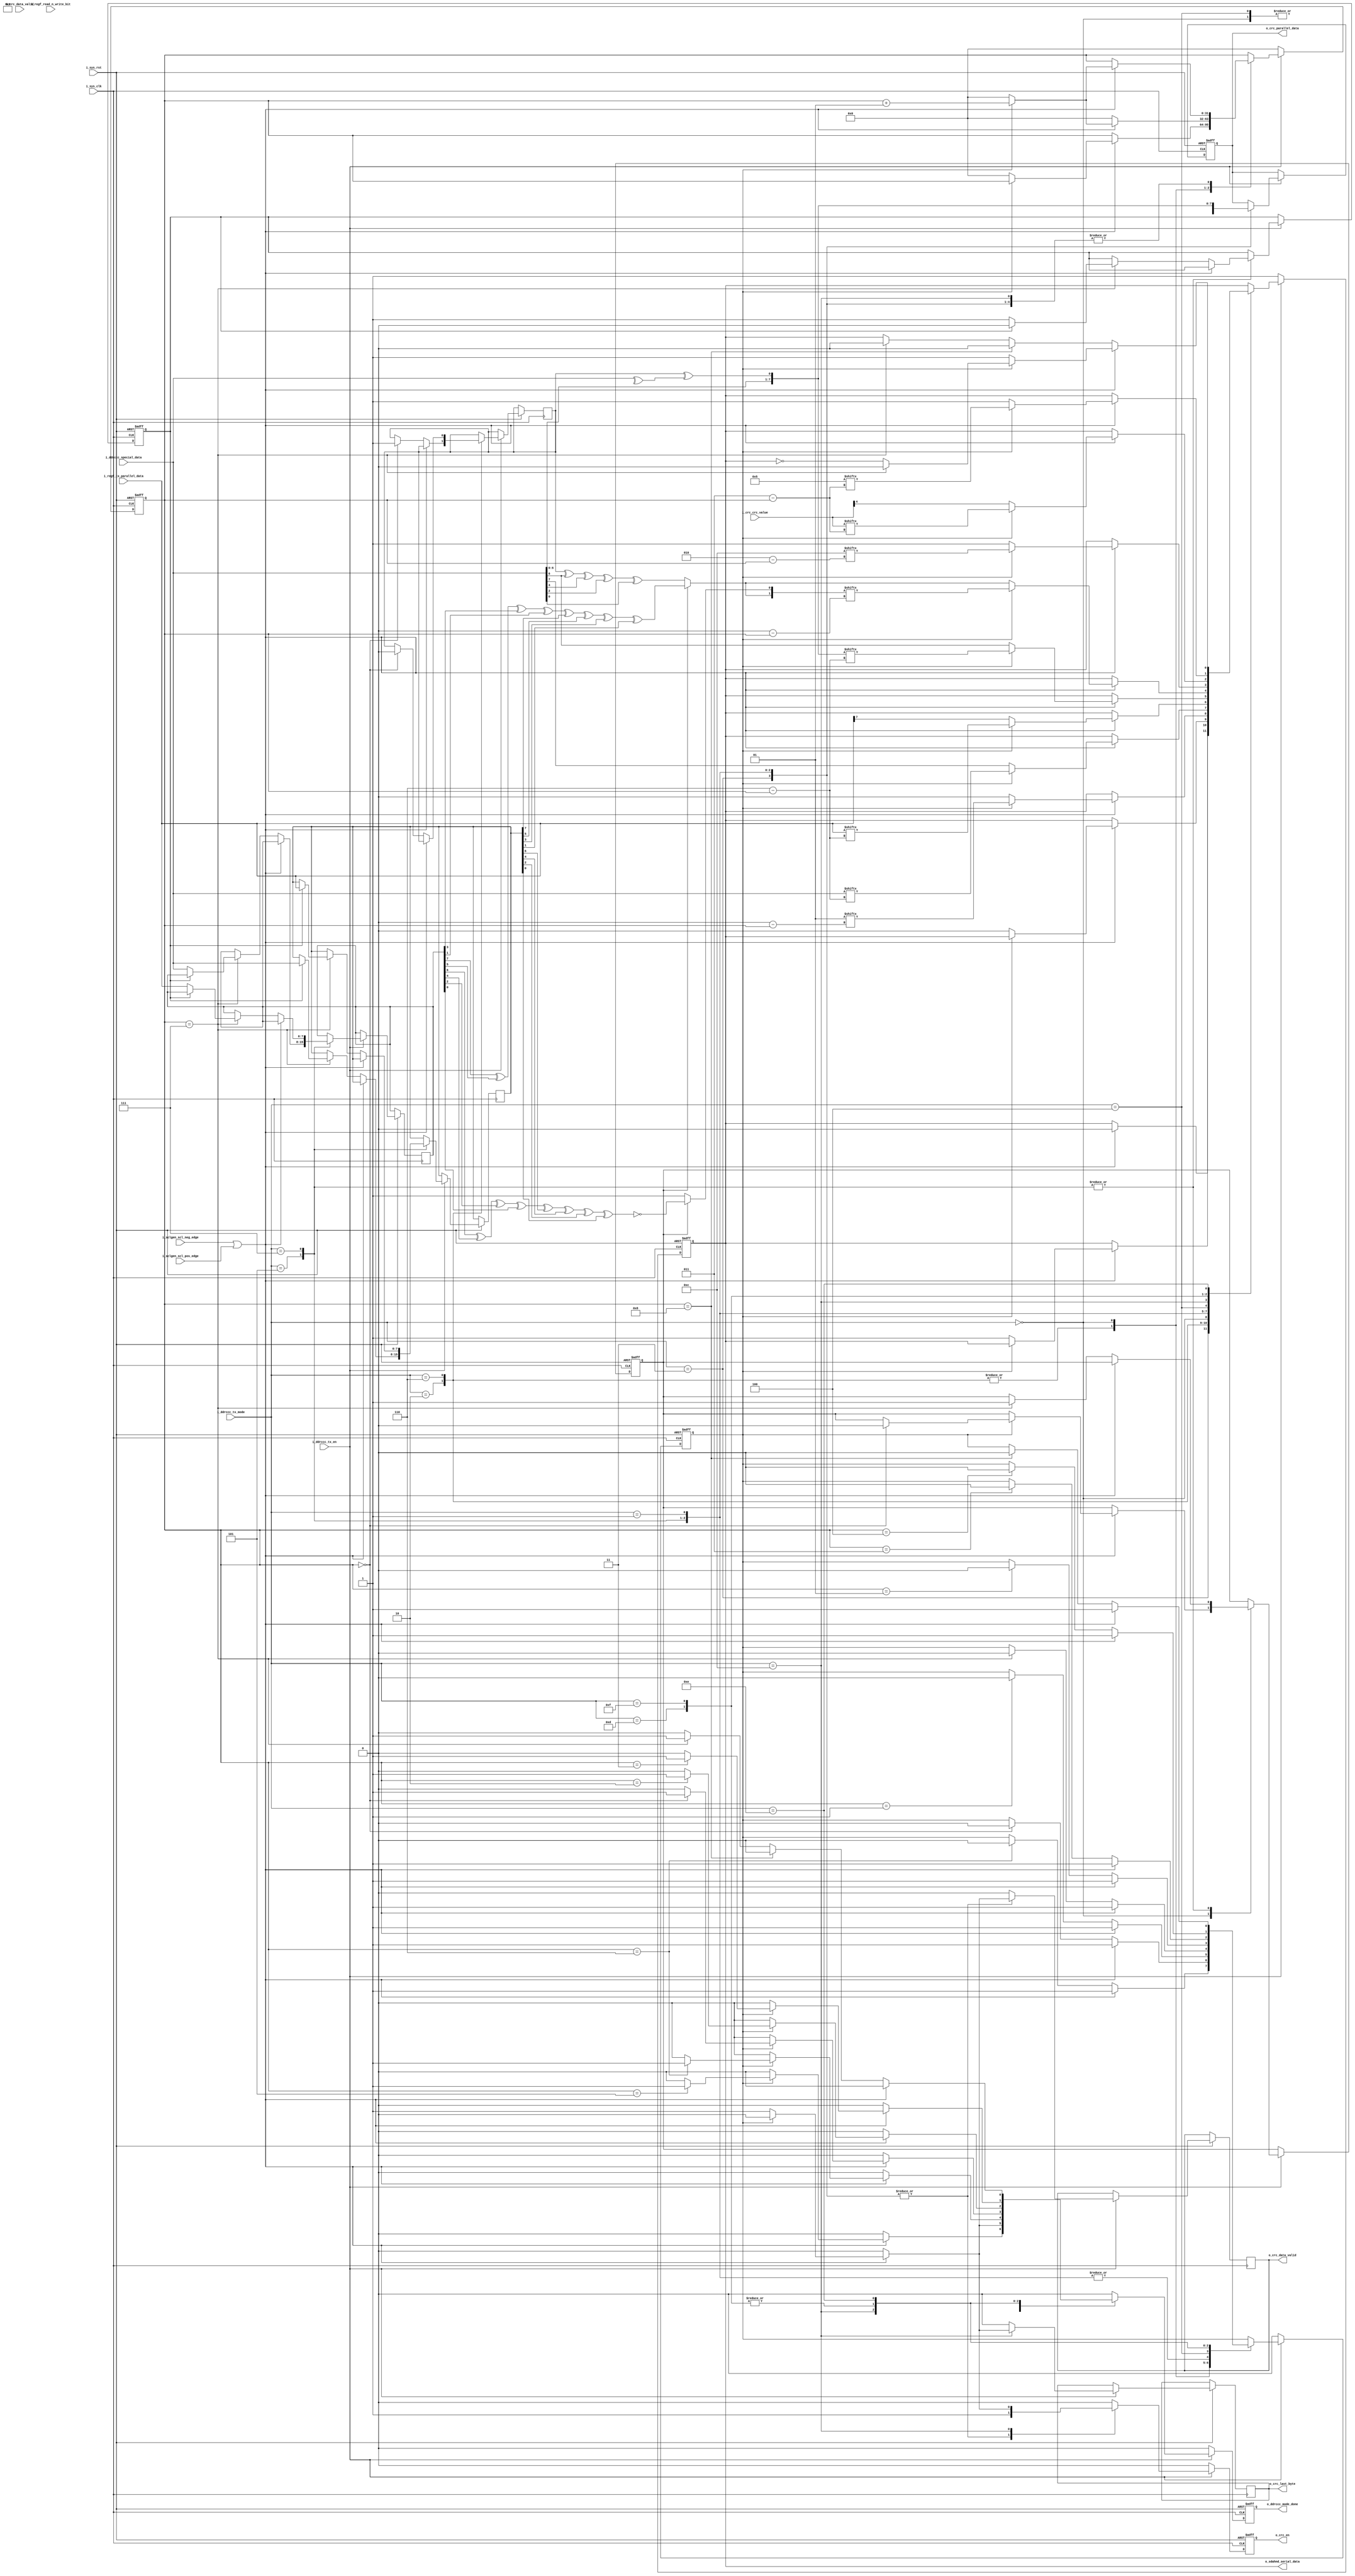
module tx (
input        i_sys_clk,
input        i_sys_rst,
input        i_ddrccc_tx_en,
input        i_sclgen_scl_pos_edge,
input        i_sclgen_scl_neg_edge,
input [3:0]  i_ddrccc_tx_mode,
input [7:0]  i_regf_tx_parallel_data, 
input [7:0]  i_ddrccc_special_data, // special from ddr or ccc (address or ccc value)  
input [4:0]  i_crc_crc_value, //separate calculation of crc (of what serialized) in another block 
input        i_crc_data_valid,
input        i_regf_read_n_write_bit,


output reg        o_sdahnd_serial_data, //SDA
output reg        o_ddrccc_mode_done,
output reg        o_crc_en, 
output reg [7:0]  o_crc_parallel_data ,//sending byte byte of what serialized for crc block
output reg        o_crc_last_byte,
output reg        o_crc_data_valid
);


// tx modes needed  
localparam [3:0]  special_preambles = 'b0000, 		//'d0			//2'b01 
                  serializing_address = 'b0001, 	//'d1			//address of target
    			  serializing_zeros = 'b0011 ,  	//'d3			//7-zeros in the first byte of cmd word        
                  one = 'b0010, 					//'d2			// for representing preamble bit or reading_or_writing bit  
                  zero = 'b0110, 					//'d6			// for representing preamble bit or reading_or_writing bit
				  serializing_data = 'b0111, 		//'d7			//data byte from reg to be serialized
				  CCC_value = 'b0101 , 				//'d5			//special data in case of transmitting CCC
				  calculating_Parity = 'b0100,  	//'d4			//parity of word serialized either cmd word or data word
				  token_CRC = 'b1100, 				//'d12			//special bits 4'b1100
				  CRC_value = 'b1101, 				//'d13			//CRC value arrived of data serialized
                  restart_Pattern = 'b1111,			//'d15
                  exit_Pattern = 'b1110;			//'d14


/**special values*/			  
reg [1:0] special_preamble = 'b01 ;
reg [3:0] token = 4'b1100;
reg [6:0] reserved =7'b0000000; //00//


/**internal signals*/
wire parity_adj; 
wire [7:0] A; //CMD_Word_Second_Byte
wire P1, P0; //parity bits to be serialized
wire P1_cmdword, P0_cmdword; //parity bits of cmdword
wire P1_data, P0_data; //parity bits of data
wire [1:0] P;
reg [7:0] D1, D2; //first_and_second_Data_Bytes
reg	crc_indicator ; //00//
reg [4:0] crc_temp ; //00//
reg [4:0] crc; //00//



/**helpful flags*/
integer counter;
reg reset_counter_flag;
reg rd_wr_flag; //storing rd_or_wr bit for calculating (parity adj) and (cmd word parity)
reg parity_flag; //to distinguish parity is calculated for cmd or data
reg first_byte_full; //to distinguish tx is serializing first byte or second byte
wire [3:0] tmp_restart ;


assign tmp_restart = 4'b 0101;
assign A = {i_ddrccc_special_data[6:0],parity_adj} ; 
assign parity_adj = ( rd_wr_flag ^ (^i_ddrccc_special_data) ) ;
assign P1 = (parity_flag)? P1_data : P1_cmdword ; 
assign P0 = (parity_flag)? P0_data : P0_cmdword ;
assign P = {P1,P0} ;
assign P1_cmdword = rd_wr_flag ^ A[7] ^ A[5] ^ A[3] ^ A[1] ;
assign P0_cmdword =  1 ;
assign P1_data = D1[7] ^ D1[5] ^ D1[3] ^ D1[1] ^ D2[7] ^ D2[5] ^ D2[3] ^ D2[1] ;
assign P0_data = D1[6] ^ D1[4] ^ D1[2] ^ D1[0] ^ D2[6] ^ D2[4] ^ D2[2] ^ D2[0] ^ 1 ; 


 always @ (posedge i_sys_clk or negedge i_sys_rst)
	begin 
	
		if(~i_sys_rst) begin 
		    o_sdahnd_serial_data<= 1;
        o_ddrccc_mode_done<= 0;
        o_crc_parallel_data<= 0;
        o_crc_en<= 0;
		    counter <= 0;
		    reset_counter_flag <= 0;
		    parity_flag <= 0;
		    first_byte_full <= 0;
		    o_crc_en <= 0; 
		end 
		
		else if (i_ddrccc_tx_en) begin
		  
		o_ddrccc_mode_done <= 0;
		o_crc_data_valid <= 'b0;
		 o_crc_en <= 'b0;
		 o_crc_last_byte <= 'b0;
		
		case (i_ddrccc_tx_mode)
		  
		  ///////////////////////
		  
		serializing_zeros : begin
		  
		  o_crc_parallel_data <= {i_regf_read_n_write_bit , reserved};
		  o_crc_en <= 'b1;
		//	o_crc_data_valid <= 'b1;

		 if (i_sclgen_scl_neg_edge || i_sclgen_scl_pos_edge)
		   begin
		    o_sdahnd_serial_data <= 1'b0 ;    
		    if ( (!reset_counter_flag) )
		      begin
           counter <= 'd0;
           reset_counter_flag <= 1;
		   o_crc_data_valid <= 'b1;
          end
          
			  else
			    begin
			     if ( counter == 'd5 ) begin 
			      o_ddrccc_mode_done <= 'b1;
				  end
			      counter <= counter + 1;
				 // o_crc_data_valid <= 'b0;
				 
				 
			    end
			    
			 end
			 
			else if ( counter == 'd6 )
			  begin
			 reset_counter_flag <= 0;
			 
			 end
		  
		  end
	
		/////////////////////////////////
		  
		one : begin
		  
		//	o_crc_en <= 'b1;
			o_crc_last_byte <= 'b0;
		  if (i_sclgen_scl_neg_edge || i_sclgen_scl_pos_edge)
		   begin
		     
		     if (  (!reset_counter_flag) )
		      begin
           counter <= 0;
           reset_counter_flag <= 1;
           o_sdahnd_serial_data <= 1;
			     o_ddrccc_mode_done <= 'b1;
          end
			 end
			 
			else if ( counter == 'd0 )
			  begin
			 rd_wr_flag <= 'b1;
			 reset_counter_flag <= 0;
			 
			 end
		  end
		  
		  ////////////////////////////
		  
		 zero : begin
		//  o_crc_en <= 'b1;
			o_crc_last_byte <= 'b0;
		  
		  if (i_sclgen_scl_neg_edge || i_sclgen_scl_pos_edge)
		   begin
		     if ( (!reset_counter_flag) )
		      begin
           counter <= 'd0;
           reset_counter_flag <= 1;
   		      o_sdahnd_serial_data <= 0;
			     o_ddrccc_mode_done <= 1;
          end
			 end
			 
			else if ( counter == 'd0 )
			  begin
			 rd_wr_flag <= 'b0;
			 reset_counter_flag <= 0;
			 
			 end
		  end
		  
		  /////////////////////////////////////
		
		special_preambles : begin
		 
		o_crc_last_byte <= 'b0;
		counter <= 'd0;   //editttt laila
		  
		  if (i_sclgen_scl_neg_edge || i_sclgen_scl_pos_edge)
		   begin
		        
		    if ( (!reset_counter_flag) )
		      begin
           counter <= 'd0;
           reset_counter_flag <= 1;
           o_sdahnd_serial_data <= special_preamble['d1] ; 
          end
          
			  else
			    begin
			    counter <= counter + 1;
			    o_sdahnd_serial_data <= special_preamble['d0 - counter] ;
			    if ( counter == 'd0 ) begin
			       o_ddrccc_mode_done <= 'b1;
				   parity_flag <= 0;  // to make P1=P1_cmd &P1=P0_cmd
				   end
			    end
			    
			 end
			 
			else if ( counter == 'd1 )
			  begin
			 reset_counter_flag <= 0;
			 
			 end
			 
		 end	
		 ////////////////////////////////////
		 
		/* CCC_value :  begin
		  
		  o_crc_last_byte <= 'b1;
		  o_crc_en <= 'b1;
		  crc_indicator <= 'b1;
		  crc_temp <= i_crc_crc_value ;

			
		  if (i_sclgen_scl_neg_edge || i_sclgen_scl_pos_edge)
		   begin    
		    if ((!reset_counter_flag) )
		      begin
           counter <= 'd0;
           reset_counter_flag <= 1;
           o_sdahnd_serial_data <= i_ddrccc_special_data['d7] ;
           end
          
			  else
			    begin
			    counter <= counter + 1;
			    o_sdahnd_serial_data <= i_ddrccc_special_data['d6 - counter] ;
			    if ( counter == 'd6 )
					begin
			       o_ddrccc_mode_done <= 'b1;
				   end
			    end
			 end
			 
	 else if ( counter == 'd7 )
			begin
			 reset_counter_flag <= 0;
			 
			 parity_flag <= 1;
			 if (!first_byte_full)
			   begin
			    D1 <= i_ddrccc_special_data;
			    first_byte_full <= 1;
			   end
			 else
			   begin
			    D2 <= i_ddrccc_special_data;
			    first_byte_full <= 0;
			   end
		  end
			 
	 end	*/
		
		 ///////////////////////////////////
		  		 
		 CCC_value :  begin
		  
		  o_crc_last_byte <= 'b0;
		  o_crc_en <= 'b1;
		  o_crc_parallel_data <= i_ddrccc_special_data;
			
		  if (i_sclgen_scl_neg_edge || i_sclgen_scl_pos_edge)
		   begin    
		    if ((!reset_counter_flag) )
		      begin
           counter <= 'd0;
           reset_counter_flag <= 1;
           o_sdahnd_serial_data <= i_ddrccc_special_data['d7] ;
		   o_crc_data_valid <= 'b1;
           end
          
			  else
			    begin
			    counter <= counter + 1;
			    o_sdahnd_serial_data <= i_ddrccc_special_data['d6 - counter] ;
			    if ( counter == 'd6 )
					begin
			       o_ddrccc_mode_done <= 'b1;
				   end
			    end
			 end
			 
	 else if ( counter == 'd7 )
			begin
			 reset_counter_flag <= 0;
			 
			 parity_flag <= 1;
			 if (!first_byte_full)
			   begin
			    D1 <= i_ddrccc_special_data;
			    first_byte_full <= 1;
			   end
			 else
			   begin
			    D2 <= i_ddrccc_special_data;
			    first_byte_full <= 0;
			   end
		  end
			 
	 end	
		
		 ///////////////////////////////////
		serializing_data :  begin
		  
			o_crc_en <= 'b1;
			o_crc_parallel_data <= i_regf_tx_parallel_data;
			o_crc_last_byte <= 'b0;
			//o_crc_data_valid <= 'b1;
			
		  if (i_sclgen_scl_neg_edge || i_sclgen_scl_pos_edge)
		   begin    
		    if (  (!reset_counter_flag) )
		      begin
           counter <= 'd0;
           reset_counter_flag <= 1;
           o_sdahnd_serial_data <= i_regf_tx_parallel_data['d7] ;
		   o_crc_data_valid <= 'b1;
           end
          
			  else
			    begin
			    counter <= counter + 1;
			    o_sdahnd_serial_data <= i_regf_tx_parallel_data['d6 - counter] ;
			    if ( counter == 'd6 ) begin
			      o_ddrccc_mode_done <= 'b1;
				  end
				//  o_crc_data_valid <= 'b0;
			    end
			 end
			 
	 else if ( counter == 'd7 )
			begin
			 reset_counter_flag <= 0;
			 
			 parity_flag <= 1;
			 if (!first_byte_full)
			   begin
			    D1 <= i_regf_tx_parallel_data;
			    first_byte_full <= 1;
			   end
			 else
			   begin
			    D2 <= i_regf_tx_parallel_data;
			    first_byte_full <= 0;
			   end
		  end
			 
	 end	
	 
	 /////////////////////////////
		 
		serializing_address :  begin

				  o_crc_parallel_data <= A;	 
				  o_crc_en <= 'b1;
				  o_crc_last_byte <= 'b0;			
					
		
		if (i_sclgen_scl_neg_edge || i_sclgen_scl_pos_edge)
		   begin    
		    if (  (!reset_counter_flag) )
		      begin
           counter <= 'd0;
           reset_counter_flag <= 1;
           o_sdahnd_serial_data <= A['d7] ;
		   o_crc_data_valid <= 'b1;
		  
           end
          
			  else
			    begin
			    counter <= counter + 1;
			    o_sdahnd_serial_data <= A['d6 - counter] ;
			    if ( counter == 'd6 ) begin
			      o_ddrccc_mode_done <= 'b1;
			    end
			//	o_crc_data_valid <= 'b0;
				end
			    
			 end
			 
			else if ( (counter == 'd7) )
			  begin
			 reset_counter_flag <= 0;
			 
			 end
			 
			 
			 
		 end	
		 
		 /////////////////////////////////
		 
		 
		 calculating_Parity : begin
		   o_crc_en <= 'b0;
		   if (i_sclgen_scl_neg_edge || i_sclgen_scl_pos_edge)
		    begin
		      
		     if (  (!reset_counter_flag))
		     begin
          counter <= 'd0;
          reset_counter_flag <= 1;
          o_sdahnd_serial_data <= P[1];
         end
			  else
			    begin
			    counter <= counter + 1;
			    o_sdahnd_serial_data <= P[(0 - counter)];
			    if ( counter == 'd0 )
			      o_ddrccc_mode_done <= 'b1;
			    end
			    
			 end
			 
			else if ( counter == 1 )
			 begin
			  reset_counter_flag <= 0;
			  
			 end

		 end	  
		 
		 
		 /////////////////////////////////
				  				  		  
		token_CRC :	 begin

		/* if (crc_indicator)
				crc <= crc_temp;
		  else 	
				crc <= i_crc_crc_value;*/
				

		if (i_sclgen_scl_neg_edge || i_sclgen_scl_pos_edge)
		   begin
    
		    if ( (!reset_counter_flag))
		     begin
          counter <= 'd0;
          reset_counter_flag <= 1;
          o_sdahnd_serial_data <= token[3];
		   o_crc_en <= 'b1;
		   o_crc_last_byte <= 'b1;
		  
			end
			  else
			    begin
			    counter <= counter + 1;
			    o_sdahnd_serial_data <= token[(2 - counter)];
			    if ( counter == 'd2 )
					begin 
			      o_ddrccc_mode_done <= 'b1;
					
					end
			    end
			    
			 end
			 
			else if ( counter == 3 )
			  begin
			 reset_counter_flag <= 0;
			 
			 end

		 end	 
		
		/////////////////////////////////////////
		 
		/*CRC_value :  begin
		  crc_indicator <= 'b0;
		
		if (i_sclgen_scl_neg_edge || i_sclgen_scl_pos_edge)
		    begin    
		     if ( (!reset_counter_flag))
		       begin
		        o_sdahnd_serial_data <= crc[4]; 
				counter <= 'd0;
				reset_counter_flag <= 1;  
           end
			   else
			     begin
			    counter <= counter + 1;
			    o_sdahnd_serial_data <= crc[(3 - counter)];
			    if ( counter == 'd3 )
			      o_ddrccc_mode_done <= 'b1;
			    end
			  end
			    
			else if ( counter == 'd4 )
			 begin
			  reset_counter_flag <= 0; 
			 end
			 
			 
				
			 
	  end*/
	  	 
		CRC_value :  begin
		  crc_indicator <= 'b0;
		  
		if (i_sclgen_scl_neg_edge || i_sclgen_scl_pos_edge)
		    begin    
		     if ( (!reset_counter_flag))
		       begin
		        o_sdahnd_serial_data <= i_crc_crc_value[4]; 
				counter <= 'd0;
				reset_counter_flag <= 1;  
           end
			   else
			     begin
			    counter <= counter + 1;
			    o_sdahnd_serial_data <= i_crc_crc_value[(3 - counter)];
			    if ( counter == 'd3 )
			      o_ddrccc_mode_done <= 'b1;
			    end
			  end
			    
			else if ( counter == 'd4 )
			 begin
			  reset_counter_flag <= 0; 
			 end
			 
			 
				
			 
	  end
			  
			  /////////////////////////////////////////////
		/*	  
		restart_Pattern: begin
			  
		  if (i_sclgen_scl_neg_edge || i_sclgen_scl_pos_edge)
		    begin    
		     if (!reset_counter_flag)
		       begin
		        o_sdahnd_serial_data <= 1;
            counter <= 'd0;
            reset_counter_flag <= 1; 
           end
           
			   else
			    begin
			     counter <= counter + 1;
			     o_sdahnd_serial_data <= !o_sdahnd_serial_data;
			     if ( counter == 'd3 )                                //was 4 , modified by laila
			      o_ddrccc_mode_done <= 'b1;
			    end	  
			  end
			 
	    else if ( counter == 'd4 )
			 begin
			  reset_counter_flag <= 0;

			 end
		  end
		  */
		  restart_Pattern: begin
			  
		  if (i_sclgen_scl_neg_edge || i_sclgen_scl_pos_edge)
		    begin    
		     if (!reset_counter_flag)
		       begin
		        o_sdahnd_serial_data <= 1;
            counter <= 'd0;
            reset_counter_flag <= 1; 
           end
           
			   else
			    begin
			     counter <= counter + 1;
			    //  12 / 6 / 2024
			    o_sdahnd_serial_data <= tmp_restart[(3 - counter)];
			     if ( counter == 'd3 )  //before : 4
			      o_ddrccc_mode_done <= 'b1;
			    end	  
			  end
			 
	    else if ( counter == 'd4 )   //before: 5
			 begin
			  reset_counter_flag <= 0;
			 end
		  end
			  ////////////////////////////////////////////
			  
		exit_Pattern: begin
			  
		  if (i_sclgen_scl_neg_edge || i_sclgen_scl_pos_edge)
		    begin    
		     if (!reset_counter_flag)
		       begin
		        o_sdahnd_serial_data <= 1;
                counter <= 'd0;
                reset_counter_flag <= 1; 
               end
           
			 else
			    begin
			     counter <= counter + 1;
			     o_sdahnd_serial_data <= !o_sdahnd_serial_data;
			     if ( counter == 'd7 )  begin  
			     // o_ddrccc_mode_done <= 'b1;
			      o_sdahnd_serial_data <= 'b0;
			end
			    end	  
			  end
			 
	    else if ( counter == 'd8 ) begin //7
			  reset_counter_flag <= 0;
			  o_sdahnd_serial_data <= 'b0;

		end

		else if ( counter == 'd7 )  begin  
			      o_ddrccc_mode_done <= 'b1;
			      o_sdahnd_serial_data <= 'b0;
			end

		  end
		
		////////////////////////////////////////////////
		
		endcase
		end		
		
		else
		  begin
		 	o_sdahnd_serial_data<= 1;
			o_ddrccc_mode_done<= 0;
			o_crc_en<= 0;
		    counter <= 0;
		    reset_counter_flag <= 0;
		    end
		    
		end
		

	
	endmodule